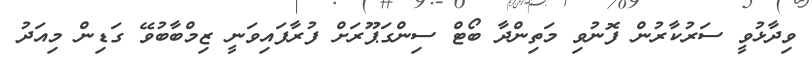
ވިދާޅުވީ ސަރުކާރުން ފޮނުވި މަތިންދާ ބޯޓް ސިންގަޕޫރަށް ފުރާފައިވަނީ ޒިމްބާބުވޭ ގަޑިން މިއަދު